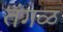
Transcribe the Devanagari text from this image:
तंगळ